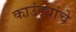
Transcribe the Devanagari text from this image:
काउंट्यांचे